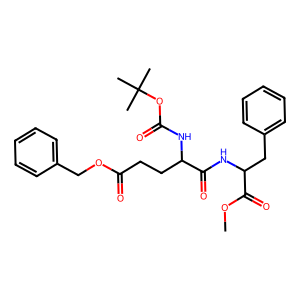
SMILES: COC(=O)C(Cc1ccccc1)NC(=O)C(CCC(=O)OCc1ccccc1)NC(=O)OC(C)(C)C
Inhibits HIV replication: No